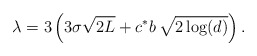
\begin{align*}\lambda=3\left (3\sigma\sqrt{2L}+c^{*}b\,\sqrt{2\log(d)}\right ).\end{align*}